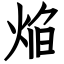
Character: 焔